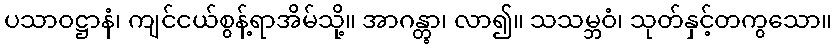
ပသာဝဋ္ဌာနံ၊ ကျင်ငယ်စွန့်ရာအိမ်သို့။ အာဂန္တွာ၊ လာ၍။ သသမ္ဘဝံ၊ သုတ်နှင့်တကွသော။